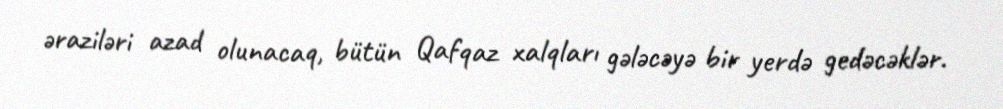
əraziləri azad olunacaq, bütün Qafqaz xalqları gələcəyə bir yerdə gedəcəklər.